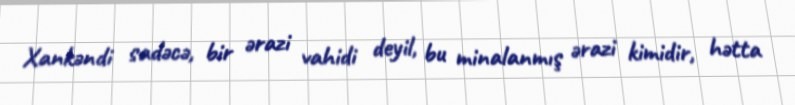
Xankəndi sadəcə, bir ərazi vahidi deyil, bu minalanmış ərazi kimidir, hətta